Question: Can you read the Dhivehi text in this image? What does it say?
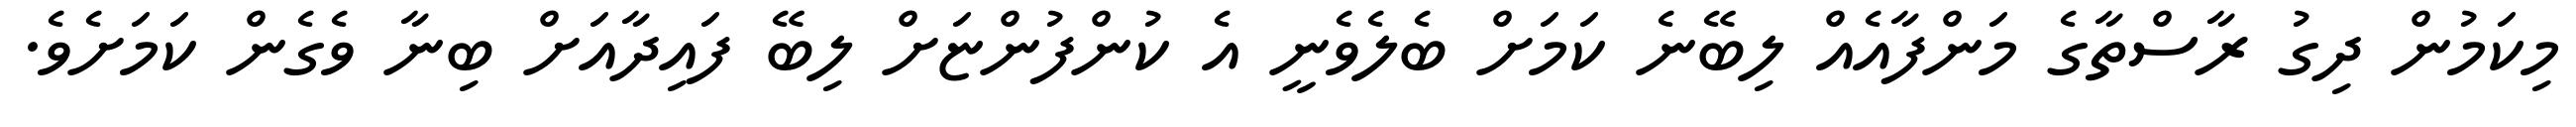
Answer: މިކަމުން ދިގު ރާސްތާގެ މަންފާއެއް ލިބޭނެ ކަމަށް ބެލެވެނީ އެ ކުންފުންޏަށް ލިބޭ ފައިދާއަށް ބިނާ ވެގެން ކަމަށެވެ.